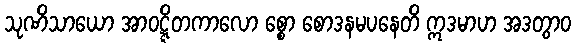
သုဏိသာယော အာဝဋ္ဋိတကာလော စ္စော စောဒနမပနေတိ ဣဒမာဟ အဒတွာဝ